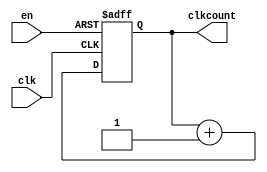
module spiclkcounter(
  output [3:0] clkcount,
  input clk,
  input en);
  reg [3:0] countreg = 0;
  assign clkcount = countreg;
  always @(posedge clk, negedge en) begin
    if(en)
    	countreg <= countreg + 1;
    else
    	countreg <= 4'h0;
  end
endmodule